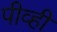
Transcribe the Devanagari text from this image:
पीव्ही